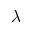
\lambda